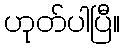
ဟုတ်ပါပြီ။